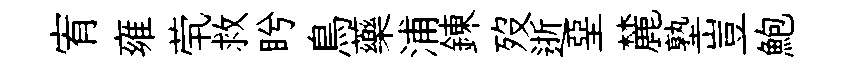
宥雍茕救盻鳥藥浦錬歿逝堊麓塾豈鮑